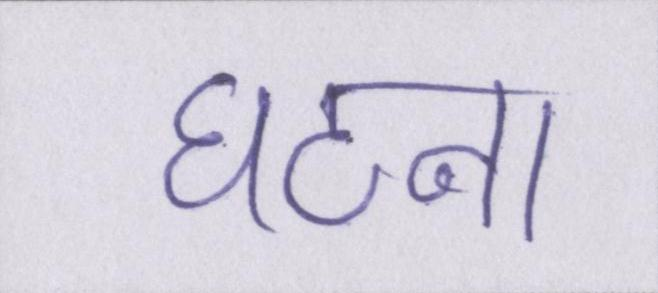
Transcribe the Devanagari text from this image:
घटना